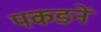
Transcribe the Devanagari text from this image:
पकडनें